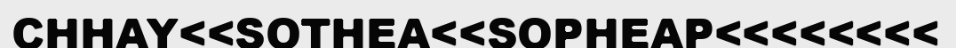
CHHAY<<SOTHEA<<SOPHEAP<<<<<<<<